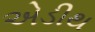
એડીથ